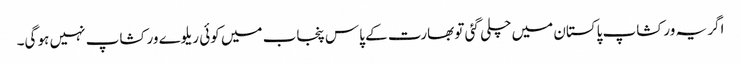
اگر یہ ورکشاپ پاکستان میں چلی گئی تو بھارت کے پاس پنجاب میں کوئی ریلوے ورکشاپ نہیں ہو گی۔